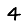
Digit: 4